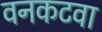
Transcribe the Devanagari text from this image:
वनकटवा